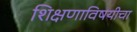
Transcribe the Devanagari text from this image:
शिक्षणाविषयीचा